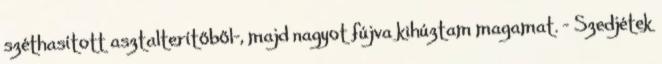
széthasított asztalterítőből-, majd nagyot fújva kihúztam magamat. – Szedjétek